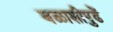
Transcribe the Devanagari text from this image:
बळाशीपुढें